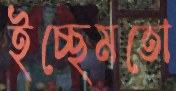
ইচ্ছেমতো